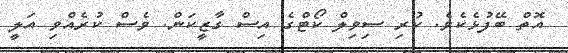
އޮތް ބޭފުޅެކެވެ. ކުރި ސިވިލް ކޯޓްގެ އިސް ގާޒީކަން. ވެސް ކުރެއްވި އަލީ